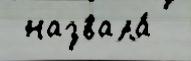
 назвала́